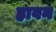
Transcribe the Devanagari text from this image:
हावन